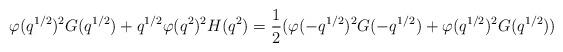
LaTeX: \begin{align*} \varphi(q^{1/2})^2G(q^{1/2})+q^{1/2}\varphi(q^2)^2H(q^2) = \dfrac{1}{2}(\varphi(-q^{1/2})^2G(-q^{1/2})+\varphi(q^{1/2})^2G(q^{1/2}))\end{align*}